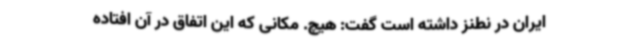
ایران در نطنز داشته است گفت: هیچ. مکانی که این اتفاق در آن افتاده